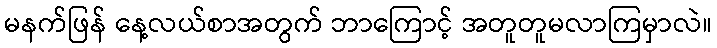
မနက်ဖြန် နေ့လယ်စာအတွက် ဘာကြောင့် အတူတူမလာကြမှာလဲ။